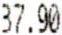
37.90